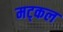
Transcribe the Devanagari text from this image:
मट्कल